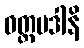
ဝတ္တပဒါနိ